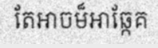
តែអាចម៏អាឆ្កែគ